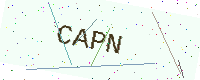
Text: CAPN